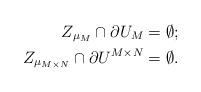
LaTeX: \begin{align*}Z_{\mu_M} \cap \partial U_M& = \emptyset; \\Z_{\mu_{M\times N}} \cap \partial U^{M \times N}& = \emptyset.\end{align*}